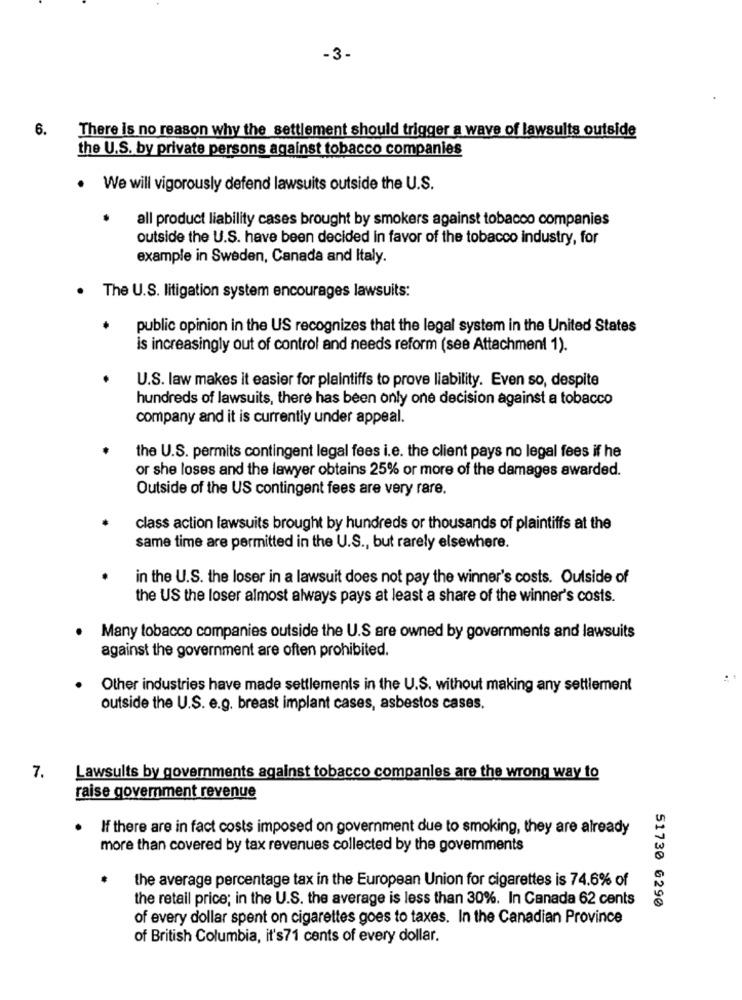
-3-
6.
There is no reason why the settlement should trigger a wave of lawsuits outside
the U.S. by private persons against tobacco companies
.
We will vigorously defend lawsuits outside the U.S.
.
all product liability cases brought by smokers against tobacco companies
outside the U.S. have been decided in favor of the tobacco industry, for
example in Sweden, Canada and Italy.
The U.S. litigation system encourages lawsuits:
public opinion in the US recognizes that the legal system in the United States
is increasingly out of control and needs reform (see Attachment 1).
U.S. law makes it easier for plaintiffs to prove liability. Even so, despite
hundreds of lawsuits, there has been only one decision against a tobacco
company and it is currently under appeal.
the U.S. permits contingent legal fees i.e. the client pays no legal fees if he
or she loses and the lawyer obtains 25% or more of the damages awarded.
Outside of the US contingent fees are very rare.
class action lawsuits brought by hundreds or thousands of plaintiffs at the
same time are permitted in the U.S ., but rarely elsewhere.
in the U.S. the loser in a lawsuit does not pay the winner's costs. Outside of
the US the loser almost always pays at least a share of the winner's costs.
Many tobacco companies outside the U.S are owned by governments and lawsuits
against the government are often prohibited.
Other industries have made settlements in the U.S. without making any settlement
outside the U.S. e.g. breast implant cases, asbestos cases.
7.
Lawsuits by governments against tobacco companies are the wrong way to
raise government revenue
If there are in fact costs imposed on government due to smoking, they are already
more than covered by tax revenues collected by the governments
the average percentage tax in the European Union for cigarettes is 74.6% of
the retail price; in the U.S. the average is less than 30%. In Canada 62 cents
51730 @290
of every dollar spent on cigarettes goes to taxes. In the Canadian Province
of British Columbia, it's71 cents of every dollar.